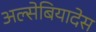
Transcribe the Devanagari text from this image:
अल्सेबियादेस